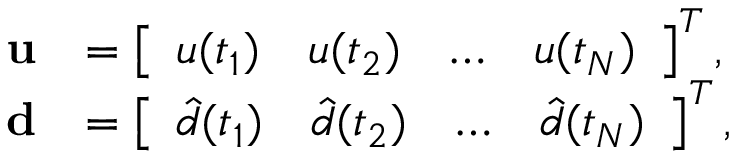
\begin{array} { r l } { { \bf u } } & { = \left[ \begin{array} { l l l l } { u ( t _ { 1 } ) } & { u ( t _ { 2 } ) } & { \ldots } & { u ( t _ { N } ) } \end{array} \right] ^ { T } , } \\ { { \bf d } } & { = \left[ \begin{array} { l l l l } { \hat { d } ( t _ { 1 } ) } & { \hat { d } ( t _ { 2 } ) } & { \ldots } & { \hat { d } ( t _ { N } ) } \end{array} \right] ^ { T } , } \end{array}